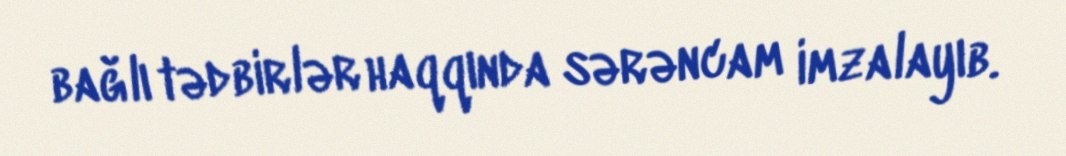
bağlı tədbirlər haqqında sərəncam imzalayıb.